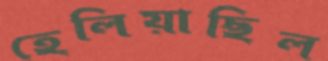
হেলিয়াছিল